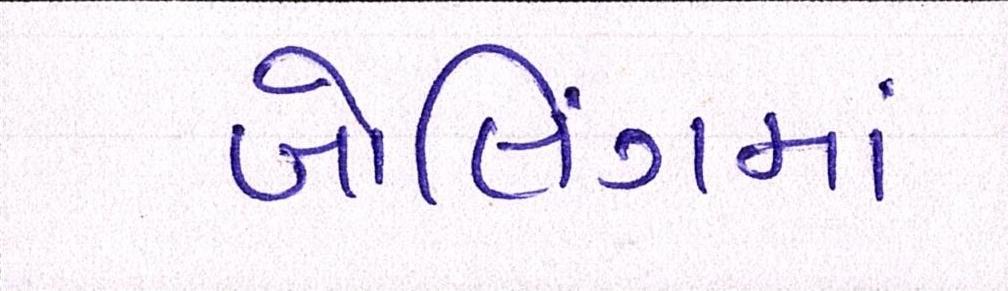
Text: બોલિંગમાં